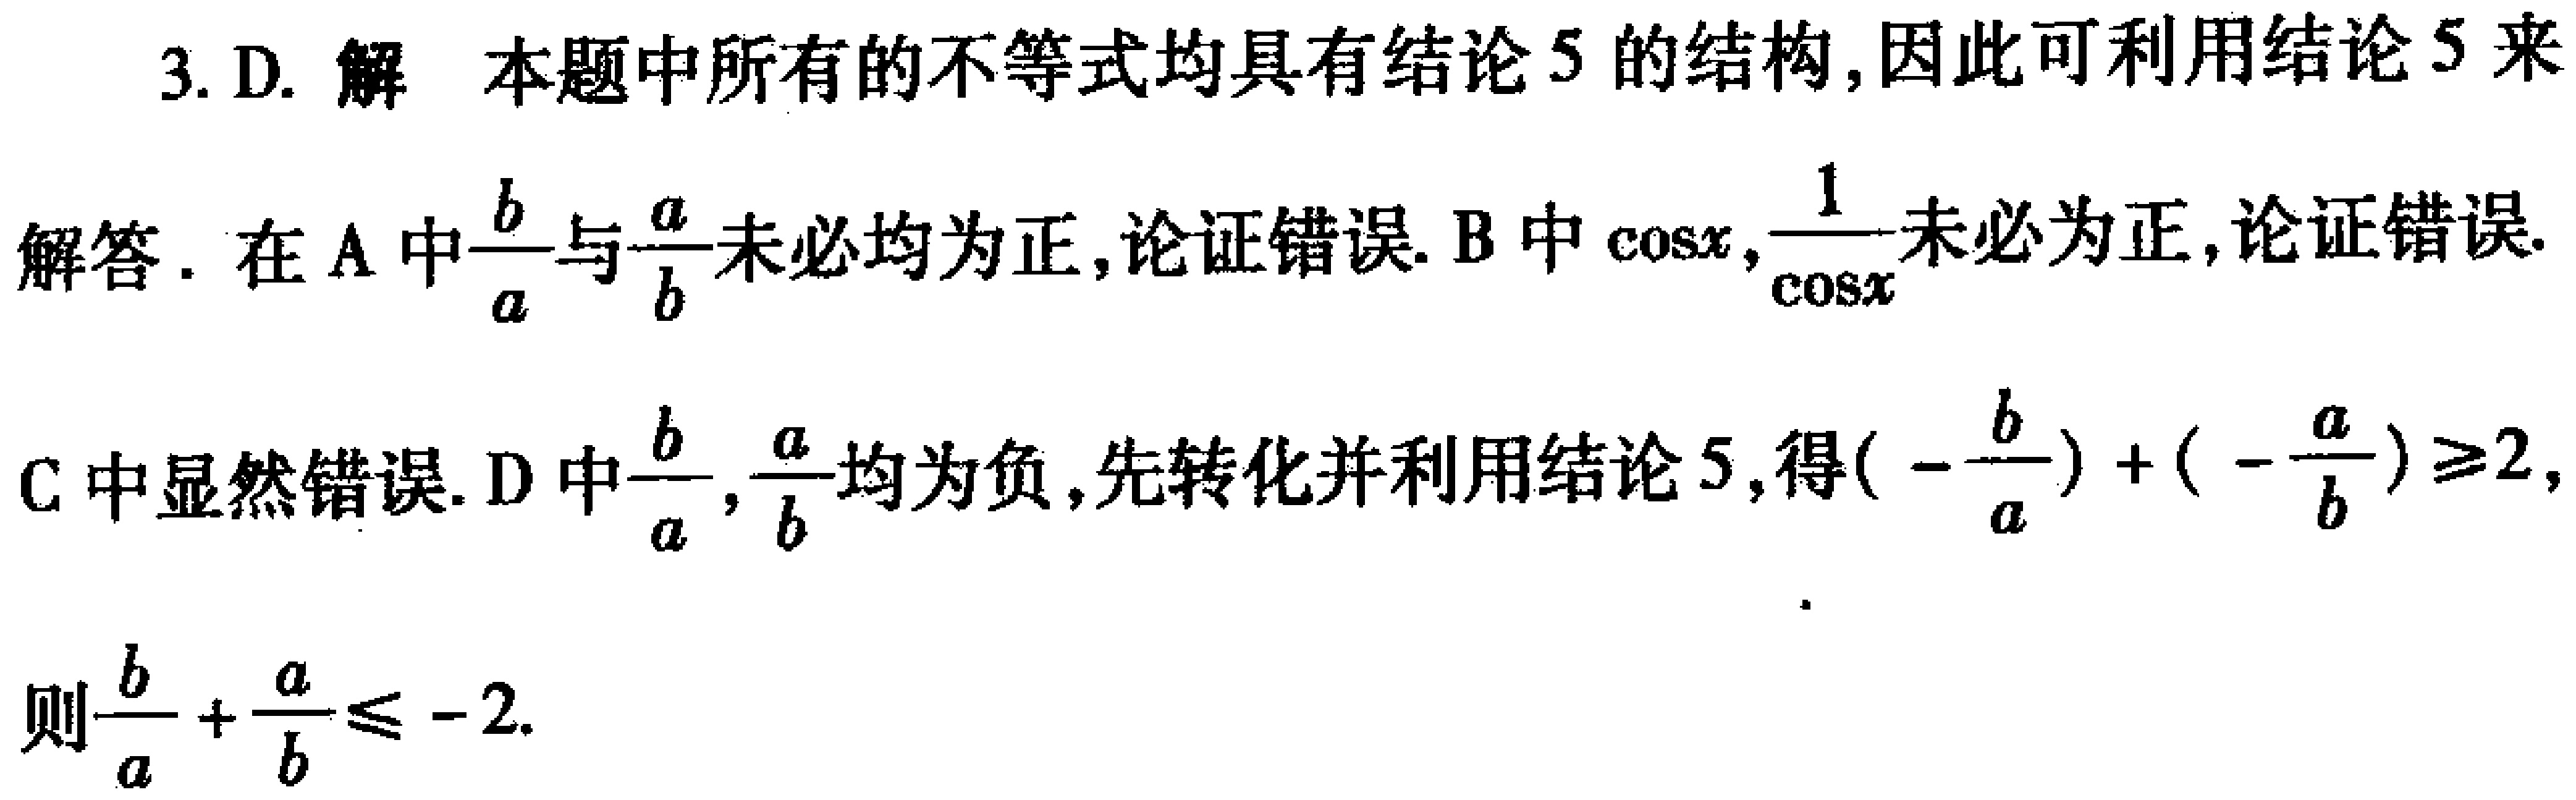
3. D. 解 本题中所有的不等式均具有结论 5 的结构,因此可利用结论 5 来

解答. 在 A 中$\frac{b}{a}$与$\frac{a}{b}$未必均为正,论证错误. B 中$\cos x,\frac{1}{\cos x}$未必为正,论证错误.

C 中显然错误. D 中$\frac{b}{a},\frac{a}{b}$均为负,先转化并利用结论 5,得$(-\frac{b}{a})+(-\frac{a}{b})\geq2$,

则$\frac{b}{a}+\frac{a}{b}\leq - 2$.